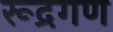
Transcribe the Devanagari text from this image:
रूद्रगण